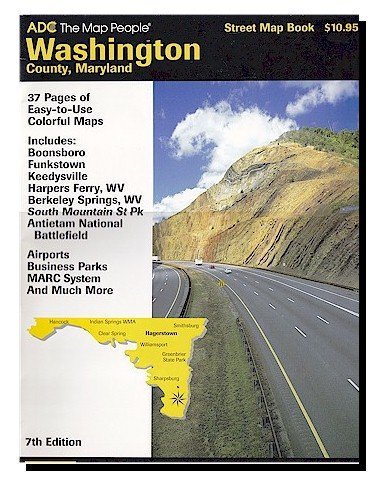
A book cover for Washington County, Maryland Street Map Book: Maryland; Adc; Travel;